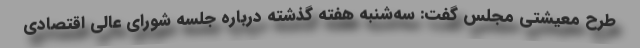
طرح معیشتی مجلس گفت: سه‌شنبه هفته گذشته درباره جلسه شورای عالی اقتصادی